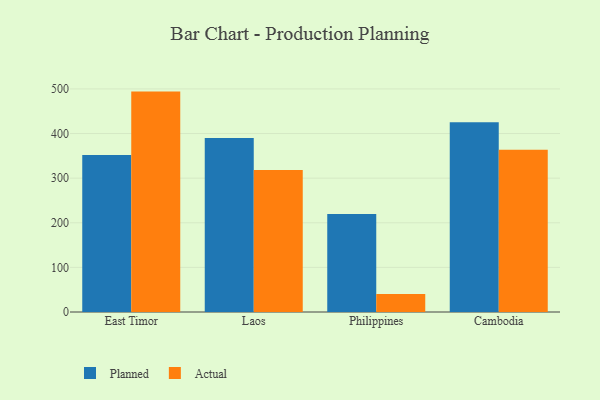
{"axis": {"x": "Country", "y": "Customer Acquisition Cost (USD)"}, "legend": ["Actual", "Planned"], "data": [{"x": "East Timor", "y": 351.9, "type": "Planned"}, {"x": "East Timor", "y": 494.0, "type": "Actual"}, {"x": "Laos", "y": 390.2, "type": "Planned"}, {"x": "Laos", "y": 318.4, "type": "Actual"}, {"x": "Philippines", "y": 219.9, "type": "Planned"}, {"x": "Philippines", "y": 40.1, "type": "Actual"}, {"x": "Cambodia", "y": 425.4, "type": "Planned"}, {"x": "Cambodia", "y": 363.8, "type": "Actual"}]}